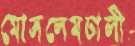
মোসলেমঢালী